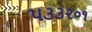
૫૩૩૨૦૧